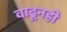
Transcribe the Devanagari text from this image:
वाढूनही